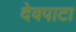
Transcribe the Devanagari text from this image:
देवपाटा